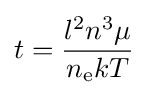
t={\dfrac {l^{2}n^{3}\mu }{n_{\text{e}}kT}}